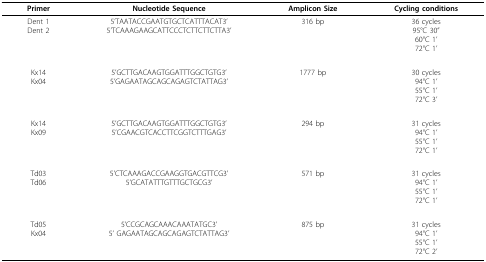
<table><thead><tr><td><b>Primer</b></td><td><b>Nucleotide Sequence</b></td><td><b>Amplicon Size</b></td><td><b>Cycling conditions</b></td></tr></thead><tbody><tr><td>Dent 1Dent 2</td><td>5&#x27;TAATACCGAATGTGCTCATTTACAT3&#x27;5&#x27;TCAAAGAAGCATTCCCTCTTCTTCTTA3&#x27;</td><td>316 bp</td><td>36 cycles95°C 30&quot;60°C 1&#x27;72°C 1&#x27;</td></tr><tr><td>Kx14Kx04</td><td>5&#x27;GCTTGACAAGTGGATTTGGCTGTG3&#x27;5&#x27;GAGAATAGCAGCAGAGTCTATTAG3&#x27;</td><td>1777 bp</td><td>30 cycles94°C 1&#x27;55°C 1&#x27;72°C 3&#x27;</td></tr><tr><td>Kx14Kx09</td><td>5&#x27;GCTTGACAAGTGGATTTGGCTGTG3&#x27;5&#x27;CGAACGTCACCTTCGGTCTTTGAG3&#x27;</td><td>294 bp</td><td>31 cycles94°C 1&#x27;55°C 1&#x27;72°C 1&#x27;</td></tr><tr><td>Td03Td06</td><td>5&#x27;CTCAAAGACCGAAGGTGACGTTCG3&#x27;5&#x27;GCATATTTGTTTGCTGCG3&#x27;</td><td>571 bp</td><td>31 cycles94°C 1&#x27;55°C 1&#x27;72°C 1&#x27;</td></tr><tr><td>Td05Kx04</td><td>5&#x27;CCGCAGCAAACAAATATGC3&#x27;5&#x27; GAGAATAGCAGCAGAGTCTATTAG3&#x27;</td><td>875 bp</td><td>31 cycles94°C 1&#x27;55°C 1&#x27;72°C 2&#x27;</td></tr></tbody></table>